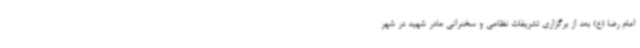
امام رضا (ع) بعد از برگزاری تشریفات نظامی و سخنرانی مادر شهید در شهر